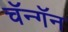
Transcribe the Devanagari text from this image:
चॅन्गॅन